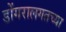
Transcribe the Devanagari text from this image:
डोंगरालगतच्या